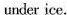
under ice.